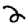
Digit: 2